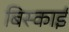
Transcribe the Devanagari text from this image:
बिस्काई